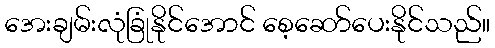
အေးချမ်းလုံခြုံနိုင်အောင် စေ့ဆော်ပေးနိုင်သည်။